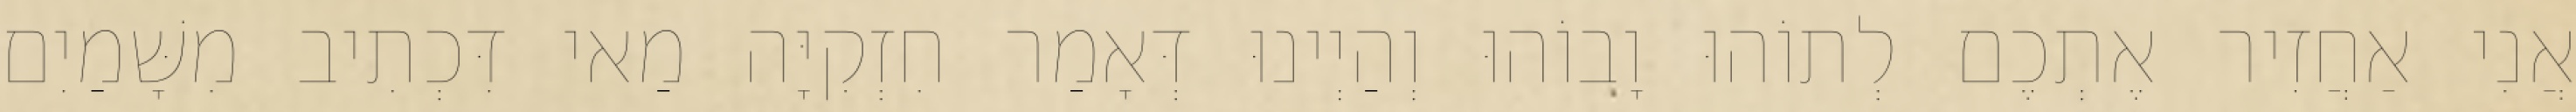
אֲנִי אַחֲזִיר אֶתְכֶם לְתוֹהוּ וָבוֹהוּ וְהַיְינוּ דְּאָמַר חִזְקִיָּה מַאי דִּכְתִיב מִשָּׁמַיִם